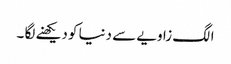
الگ زاویے سے دنیا کو دیکھنے لگا ۔